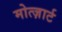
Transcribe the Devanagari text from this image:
मोत्ज़ार्ट